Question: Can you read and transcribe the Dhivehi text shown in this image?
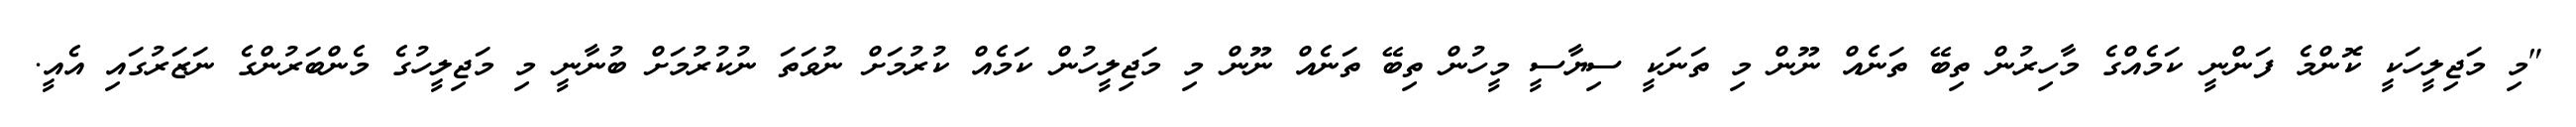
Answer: "މި މަޖިލީހަކީ ކޮންމެ ފަންނީ ކަމެއްގެ މާހިރުން ތިބޭ ތަނެއް ނޫން މި ތަނަކީ ސިޔާސީ މީހުން ތިބޭ ތަނެއް ނޫން މި މަޖިލީހުން ކަމެއް ކުރުމަށް ނުވަތަ ނުކުރުމަށް ބުނާނީ މި މަޖިލީހުގެ މެންބަރުންގެ ނަޒަރުގައި އެއީ.